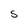
Character: S